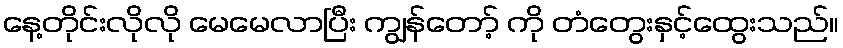
နေ့တိုင်းလိုလို မေမေလာပြီး ကျွန်တော့် ကို တံတွေးနှင့်ထွေးသည်။